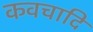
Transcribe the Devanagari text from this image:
कवचादि